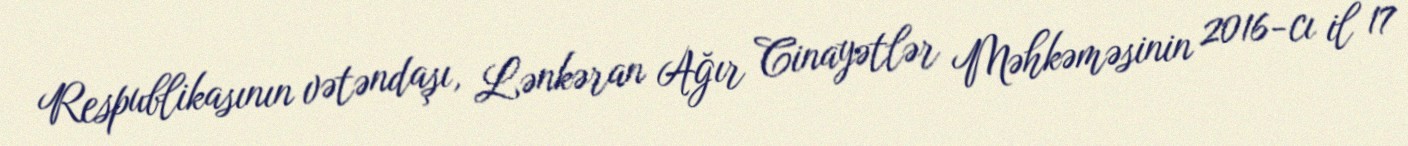
Respublikasının vətəndaşı, Lənkəran Ağır Cinayətlər Məhkəməsinin 2016-cı il 17